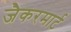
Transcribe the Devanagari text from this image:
जैकरमार्ट